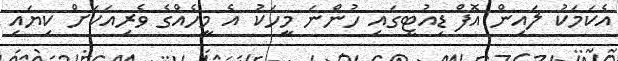
އެކަމަކު ލައިން އޮފް ޑިއުޓީގައި ހުންނަ މީހަކު އެ މީހެއްގެ ވެރިއަކަށް ކިޔައި